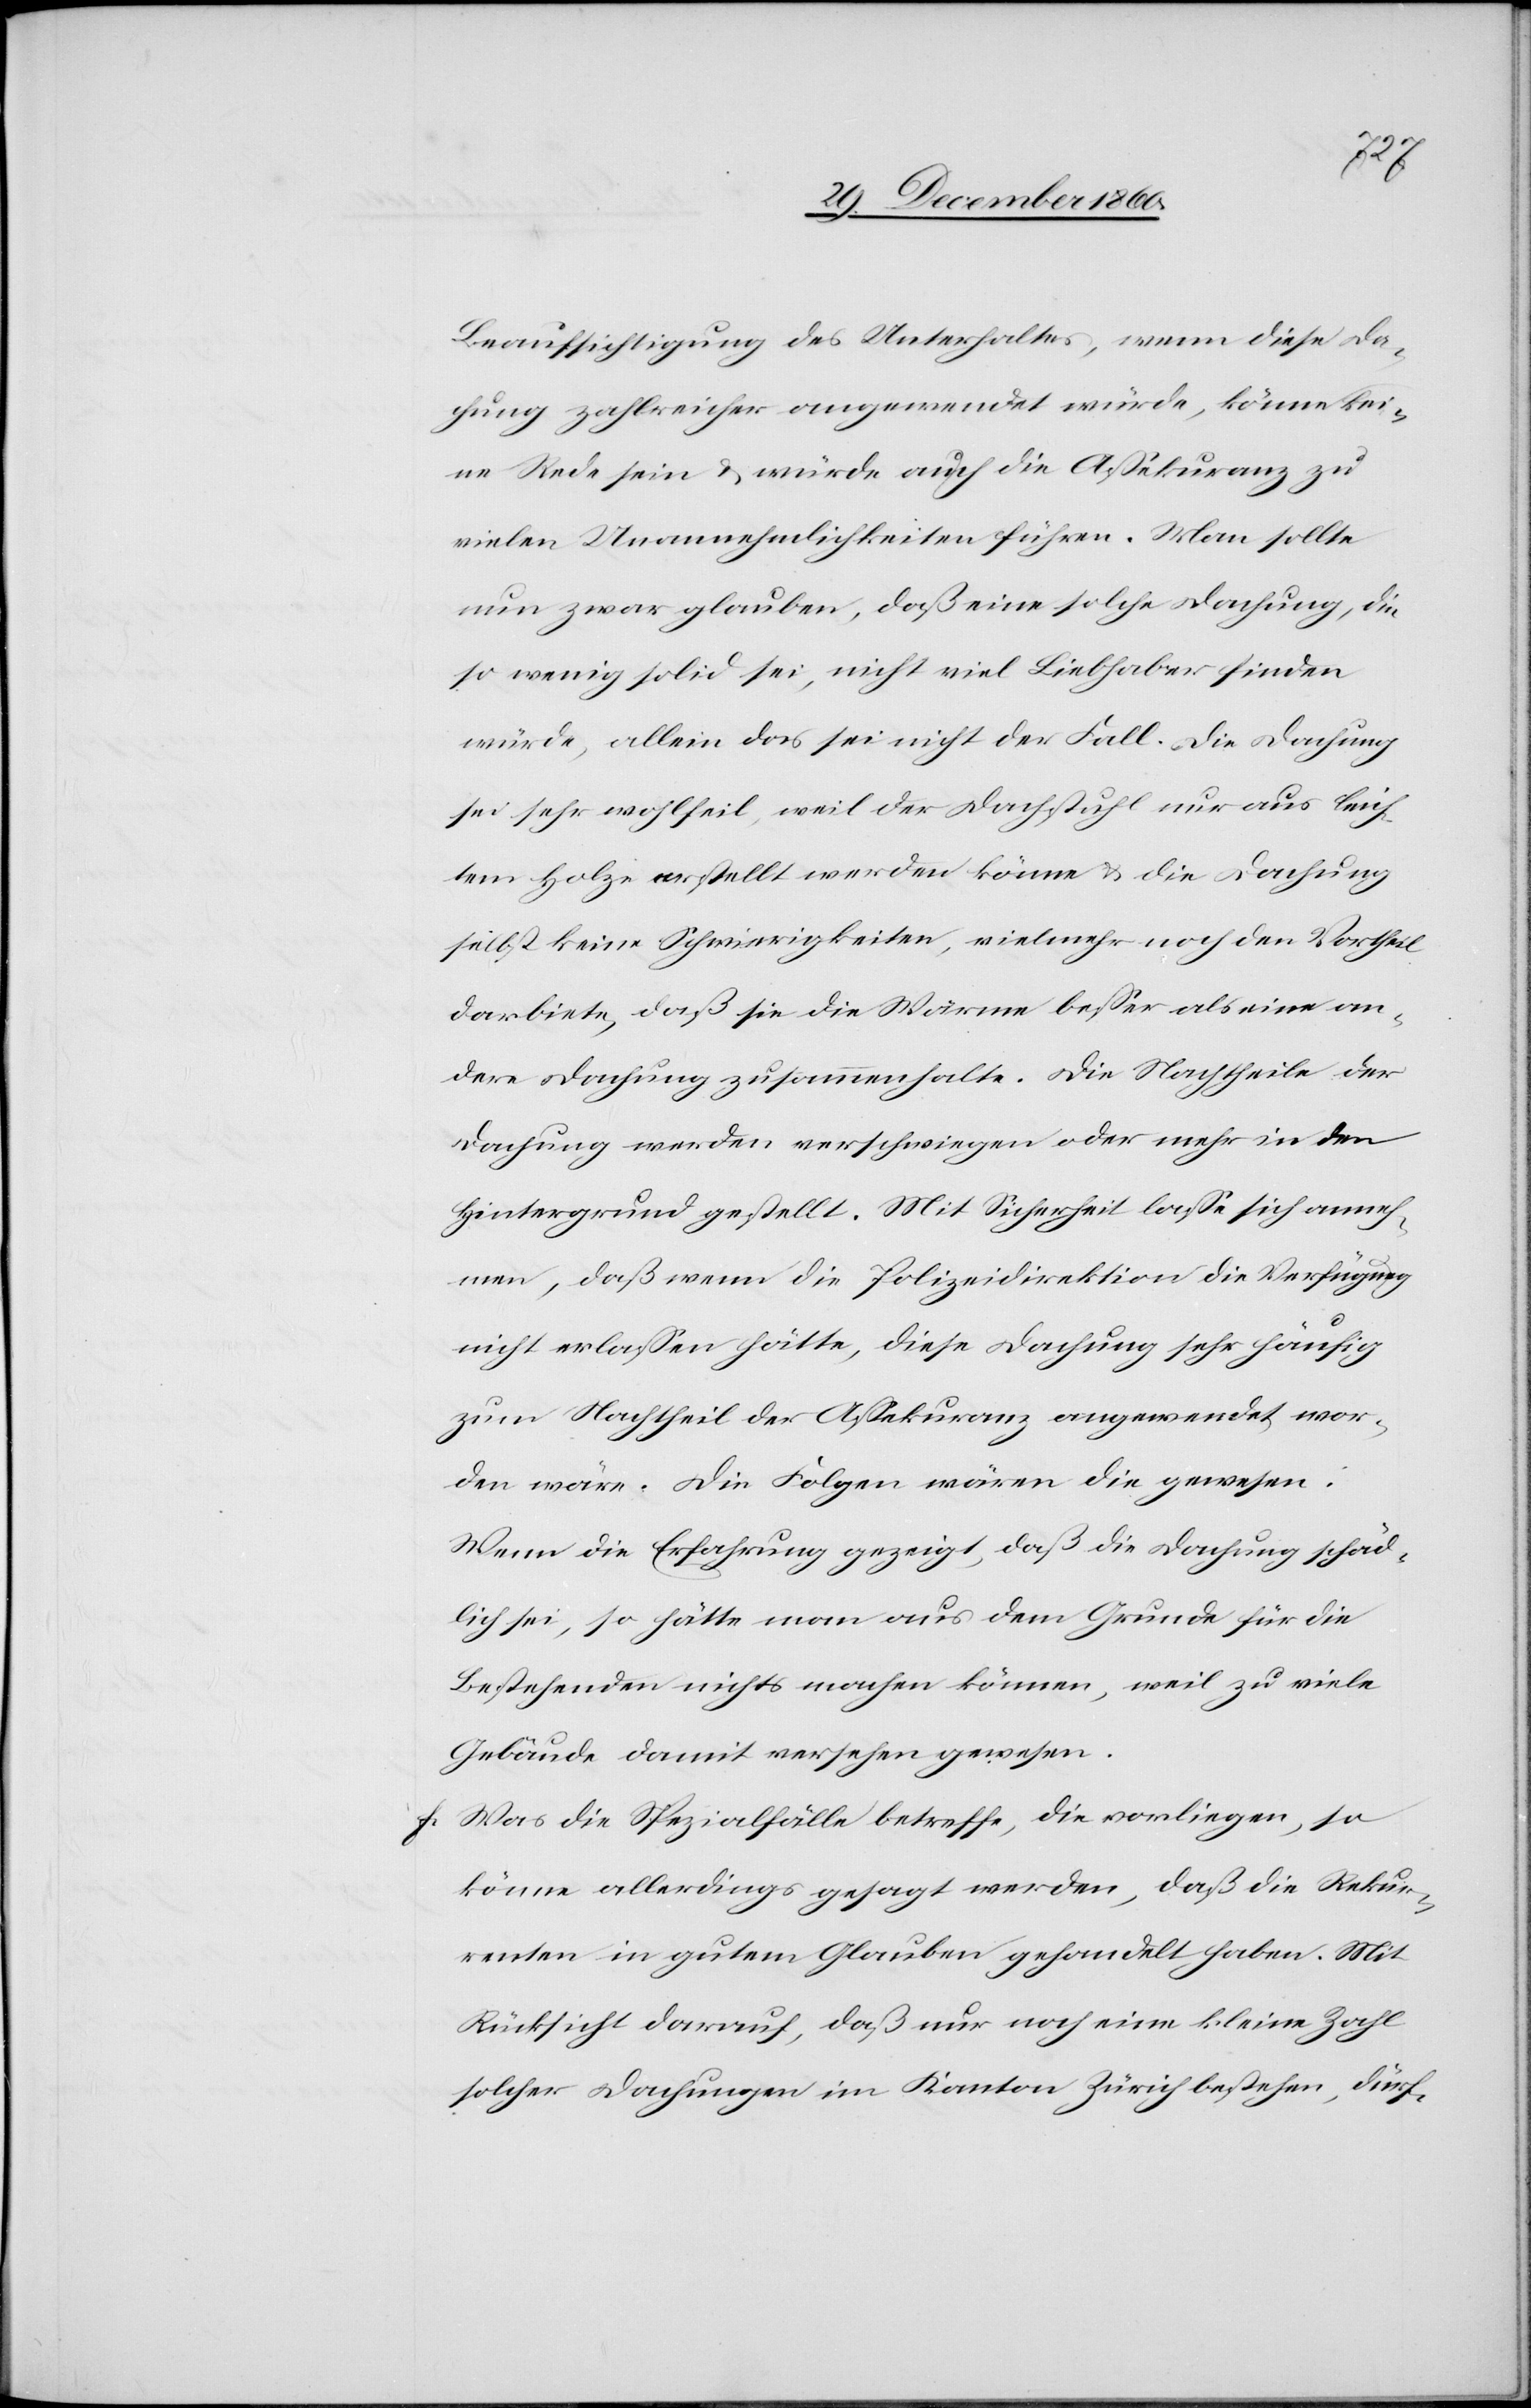
Beaufsichtigung des Unterhaltes, wenn diese Da¬
chung zahlreicher angewendet würde, könne kei¬
ne Rede sein u. würde auch die Assekuranz zu
vielen Unannehmlichkeiten führen. Man sollte
nun zwar glauben, daß eine solche Dachung, die
so wenig solid sei, nicht viel Liebhaber finden
würde, allein das sei nicht der Fall. Die Dachung
sei sehr wohlfeil, weil der Dachstuhl nur aus leich¬
tem Holze erstellt werden könne u. die Dachung
selbst keine Schwierigkeiten, vielmehr noch den Vortheil
darbiete, daß sie die Wärme besser als eine an¬
dere Dachung zusammenhalte. Die Nachtheile der
Dachung werden verschwiegen oder mehr in den
Hintergrund gestellt. Mit Sicherheit lasse sich anneh¬
men, daß wenn die Polizeidirektion die Verfügung
nicht erlassen hätte, diese Dachung sehr häufig
zum Nachtheil der Assekuranz angewendet wor¬
den wäre. Die Folgen wären die gewesen:
Wenn die Erfahrung gezeigt, daß die Dachung schäd¬
lich sei, so hätte man aus dem Grunde für die
Bestehenden nichts machen können, weil zu viele
Gebäude damit versehen gewesen.
f. Was die Spezialfälle betreffe, die vorliegen, so
könne allerdings gesagt werden, daß die Rekur¬
renten in gutem Glauben gehandelt haben. Mit
Rücksicht darauf, daß nur noch eine kleine Zahl
solcher Dachungen im Kanton Zürich bestehen, dürf-